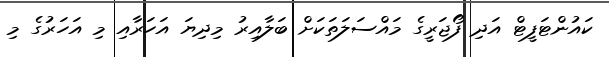
ކައުންޓަފީޓް އަދި ފޯޖަރީގެ މައްސަލަތަކަށް ބަލާއިރު މިދިޔަ އަހަރާއި މި އަހަރުގެ މި